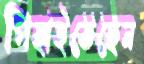
পিছাইতেছেন